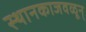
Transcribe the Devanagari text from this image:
स्थानकाजवळून्